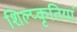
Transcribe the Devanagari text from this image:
शिल्प्कृतियां